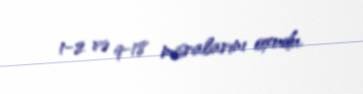
1-2 və 9-18 misralarını oxudu.